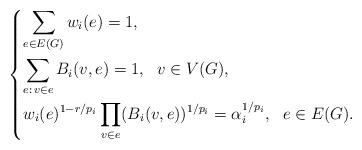
LaTeX: \begin{align*}\begin{dcases}\sum_{e\in E(G)}w_i(e)=1,\\\sum_{e:\,v\in e}B_i(v,e)=1,\ \ v\in V(G),\\w_i(e)^{1-r/p_i}\prod_{v\in e}(B_i(v,e))^{1/p_i}=\alpha_i^{1/p_i},\ \ e\in E(G).\end{dcases}\end{align*}